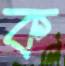
ক